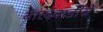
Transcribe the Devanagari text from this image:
बालवाडीचे